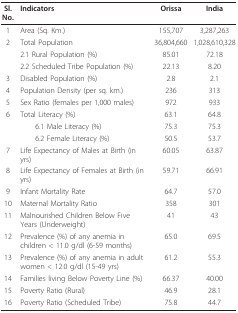
| Sl. No. | Indicators | Orissa | India |
 | --- | --- | --- | --- |
 | 1 | Area (Sq. Km.) | 155,707 | 3,287,263 |
 | 2 | Total Population | 36,804,660 | 1,028,610,328 |
 |  | 2.1 Rural Population (%) | 85.01 | 72.18 |
 |  | 2.2 Scheduled Tribe Population (%) | 22.13 | 8.20 |
 | 3 | Disabled Population (%) | 2.8 | 2.1 |
 | 4 | Population Density (per sq. km.) | 236 | 313 |
 | 5 | Sex Ratio (females per 1,000 males) | 972 | 933 |
 | 6 | Total Literacy (%) | 63.1 | 64.8 |
 |  | 6.1 Male Literacy (%) | 75.3 | 75.3 |
 |  | 6.2 Female Literacy (%) | 50.5 | 53.7 |
 | 7 | Life Expectancy of Males at Birth (in yrs) | 60.05 | 63.87 |
 | 8 | Life Expectancy of Females at Birth (in yrs) | 59.71 | 66.91 |
 | 9 | Infant Mortality Rate | 64.7 | 57.0 |
 | 10 | Maternal Mortality Ratio | 358 | 301 |
 | 11 | Malnourished Children Below Five Years (Underweight) | 41 | 43 |
 | 12 | Prevalence (%) of any anemia in children < 11.0 g/dl (6-59 months) | 65.0 | 69.5 |
 | 13 | Prevalence (%) of any anemia in adult women < 12.0 g/dl (15-49 yrs) | 61.2 | 55.3 |
 | 14 | Families living Below Poverty Line (%) | 66.37 | 40.00 |
 | 15 | Poverty Ratio (Rural) | 46.9 | 28.1 |
 | 16 | Poverty Ratio (Scheduled Tribe) | 75.8 | 44.7 |